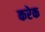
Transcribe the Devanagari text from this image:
करेक